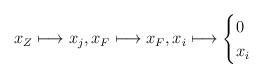
LaTeX: \begin{align*}x_Z \longmapsto x_{j}, x_F \longmapsto x_F, x_i \longmapsto \begin{cases} 0 & \\ x_i & \end{cases}\end{align*}